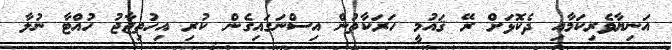
އަނިޔާވެރިކަމާއި ދެކޮޅަށް ރޭ ޤައުމީ ހަރަކާތުން އިސްނަގައިގެން ކުރި އިހުތިޖާޖު ހުއްޓާ ނުލާ